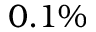
0 . 1 \%